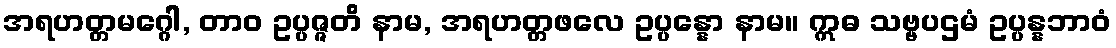
အရဟတ္တမဂ္ဂေါ, တာဝ ဥပ္ပဇ္ဇတိ နာမ, အရဟတ္တဖလေ ဥပ္ပန္နော နာမ။ ဣဓ သဗ္ဗပဌမံ ဥပ္ပန္နဘာဝံ